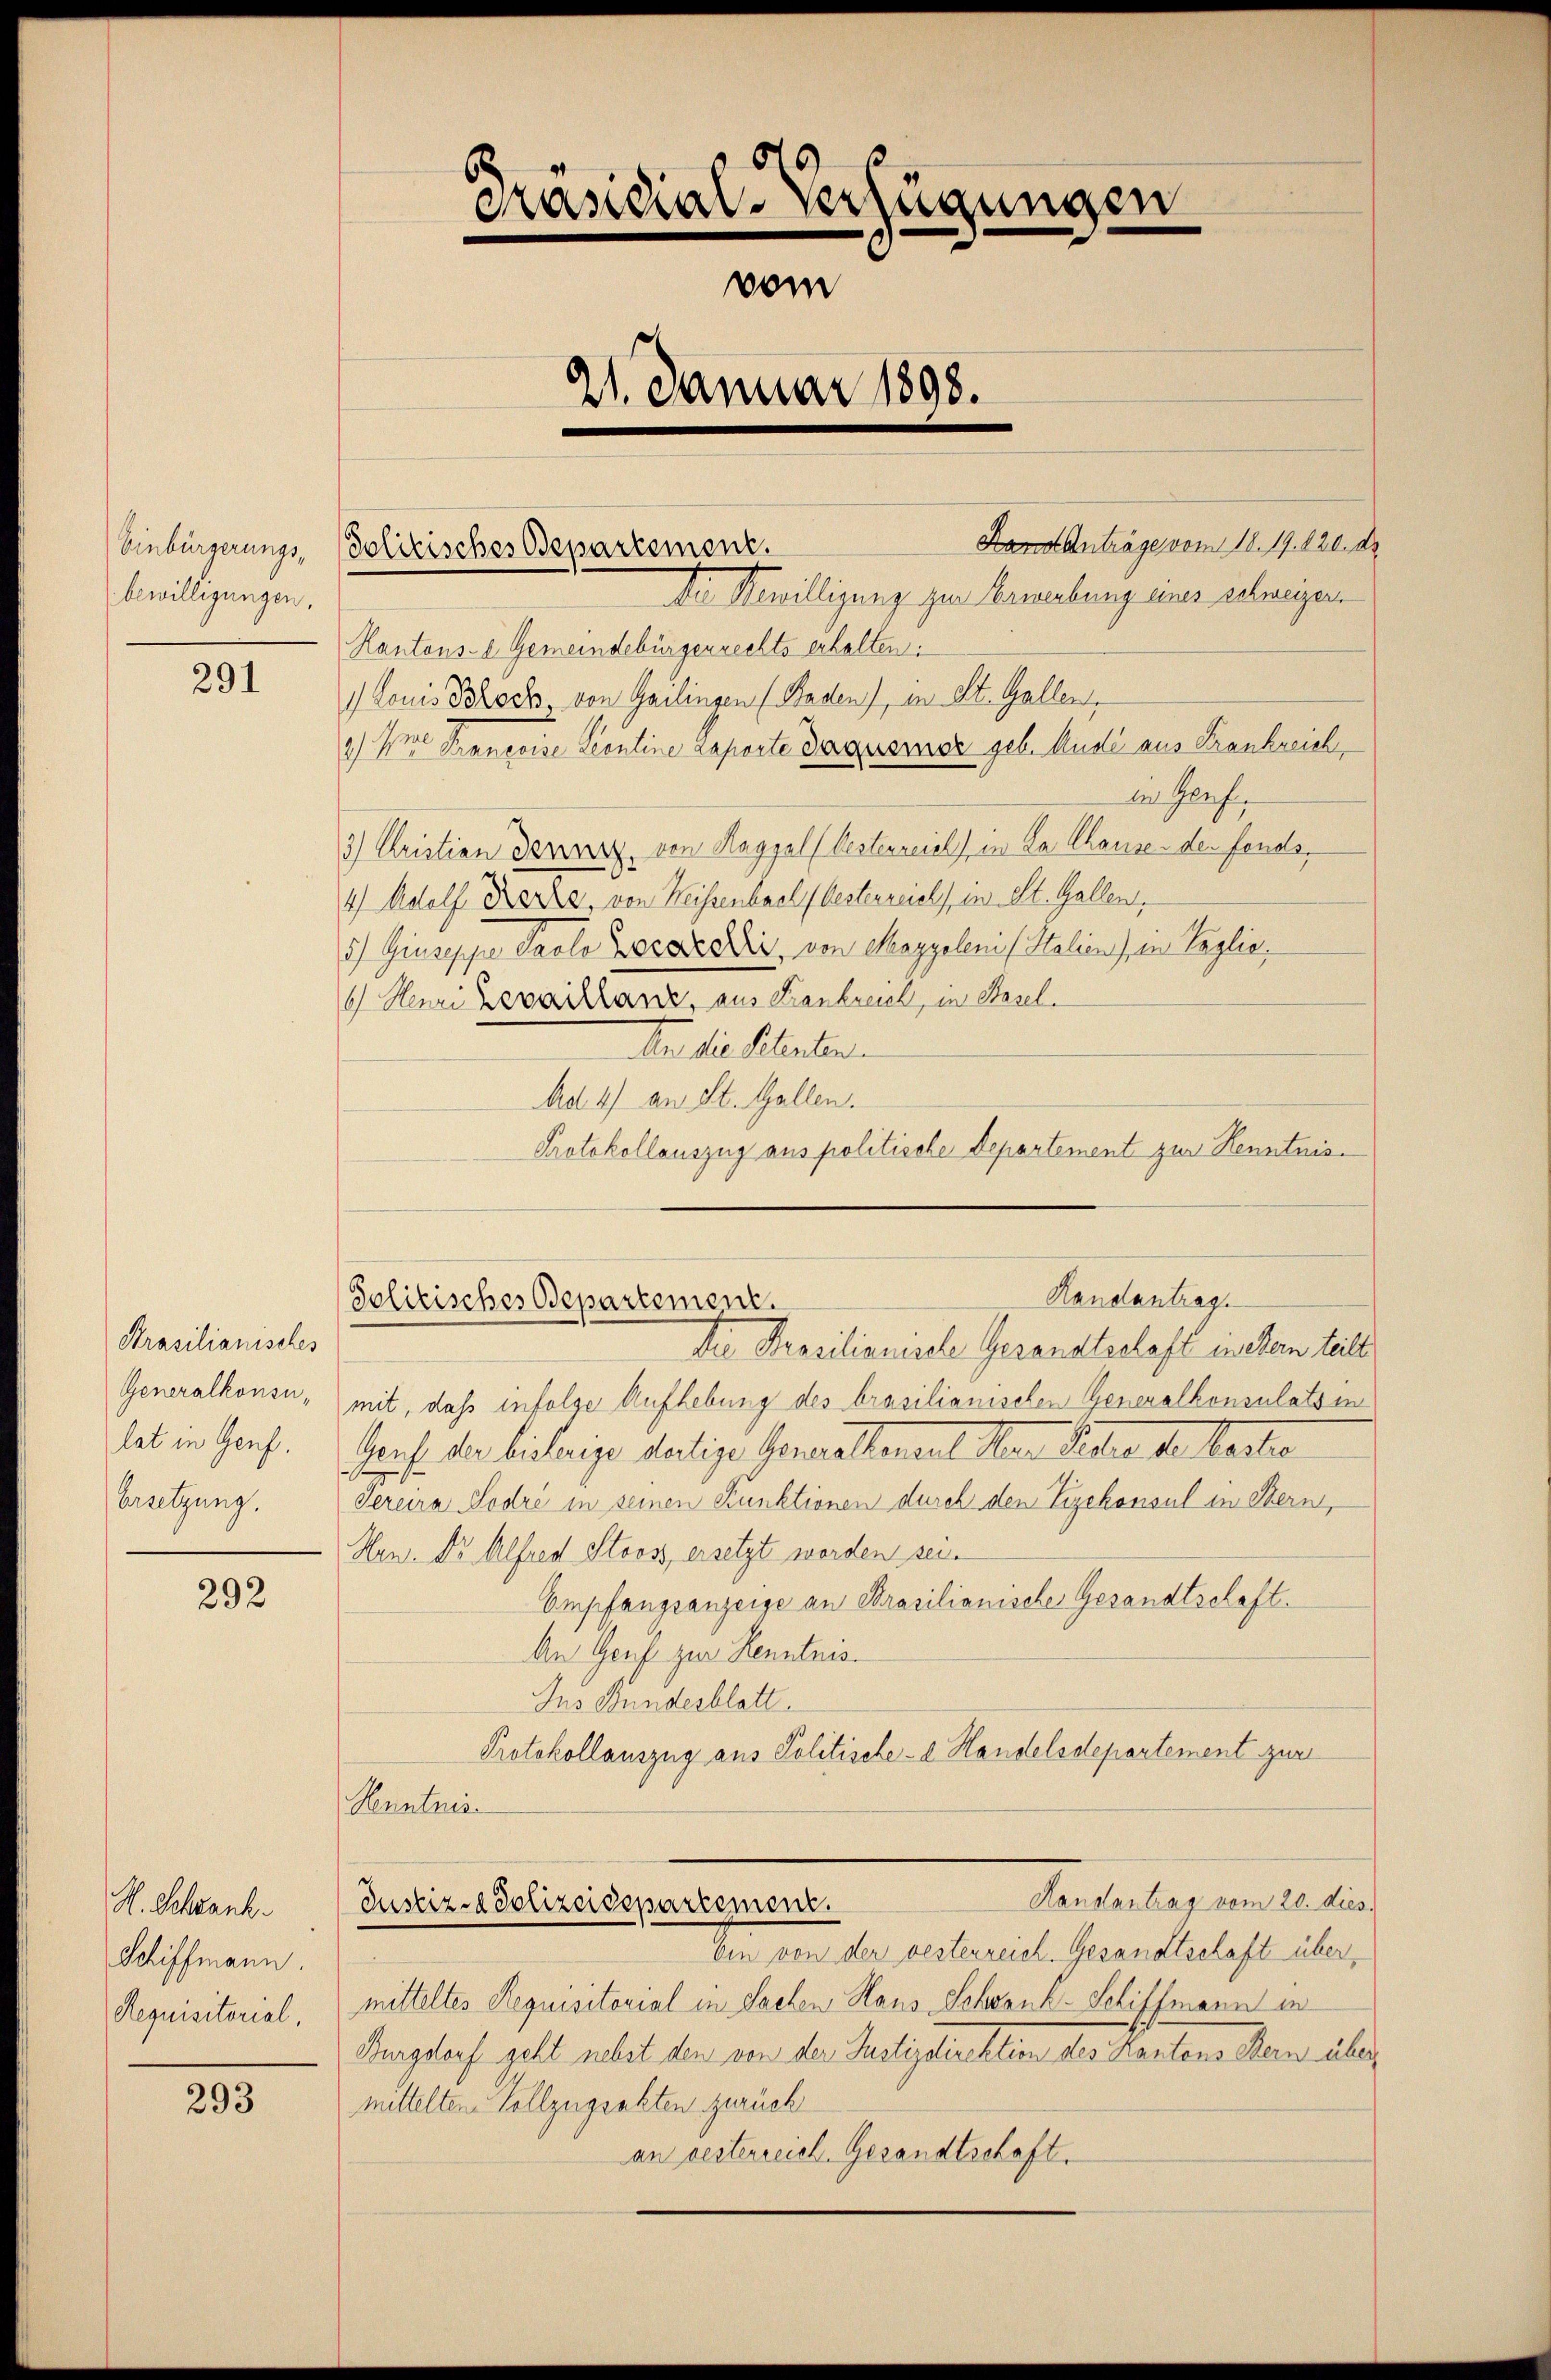
bewilligungen.

291

Prasilianisches
lat in Genf.
Ersetzung.

292

H. Schrank
Schiffmann.
Requisitorial,

293

Hors Anträge vom 18. 19. 120. ds.
Der Bewilligung zur Kernerbung eines schweigen.
Kantons- Gemeindebürgerrechts erhalten:
 Louis Brock, von Gailingen (Baden), in St. Gallen,
2) Von Françoise Scontine raporte Daquemer geb. Ande aus Frankreich,
in Genf.
3) Christian derarz. von Kappel (Oesterreich in Dr. Thause der fonds,
4) Adolf Kerke, von Weissenbach Oesterreich in St. Gallen,
5) Giuseppe Paolo Locareddii, von Magyeleni (Stalien), in Taglio,
6 Henri Zevaillanz, aus Bankreich, in Basel¬
An die Relieben.
Ad 4) an St. Gallen.
Protokollauszug aus politische Departement zur Kenntnis¬

Dn Prasilianische Gesandtschaft in der teilte
Generalkonsu, mit, daß infolge Aufhebung des brasilianischen Generalkonsulats in
Harfe der bisherige Martige Generallendert den Sitte de Parte
Jereira Sodré in seinen Funktionen durch den Zizekonsul in Bern,
Hen. Dr. Alfred Stooss, ersetzt worden sei.
Empfangsanzeige an Strasilianische Gesandtschaft.
An Genf zur Kenntnis.
Ins Bundesblatt
Protokollauszug aus Politische-l Handelsdepartement zur
Kenntnis.
Handlantrag vom 20. dies
Justiz- & Polizeidepartement.
bin von der besterreich. Gesandtschaft übermitteltes Requisitorial in Sachen Haus Schrank- Schiffmann er
Aurgdorf geht nebst den von der Polizeirektion des Kantons Man über
mittelten Vollzugsakten zurück
an gesterreich. Gesandtschaft.

Präsidial-Verfügungen
vom
21. Januar 1898.

Einbürgerungs- Politisches Departement.

Handantrag
Solitisches Departement.